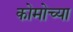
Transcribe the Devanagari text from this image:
कोमोच्या